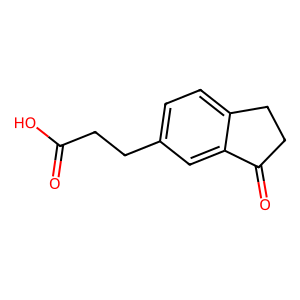
SMILES: O=C(O)CCc1ccc2c(c1)C(=O)CC2
Inhibits HIV replication: No